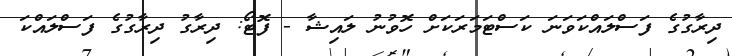
ދިރާގުގެ ފަސްލައްކަވަނަ ކަސްޓަމަރަކަށް ހޮވުނު ލައިޝާ - ފޮޓޯ: ދިރާގު ދިރާގުގެ ފަސްލައްކަ